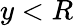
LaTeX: y<R